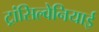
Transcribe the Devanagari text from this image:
ट्रांसिल्वेनियाई